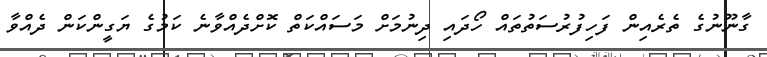
ގާނޫނުގެ ތެެރެއިން ފަހިފުރުސަތުތައް ހޯދައި ދިނުމަށް މަސައްކަތް ކޮށްދެއްވާނެ ކަމުގެ ޔަގީންކަން ދެއްވާ